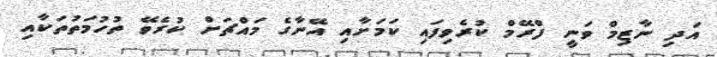
އަދި ނާޒިމް ވަނީ ފްރޭމް ކުރެވިފައި ކަމަށާއި އޭނާގެ މައްޗަށް ކުރެވޭ ތުހުމަތުތަކާއި